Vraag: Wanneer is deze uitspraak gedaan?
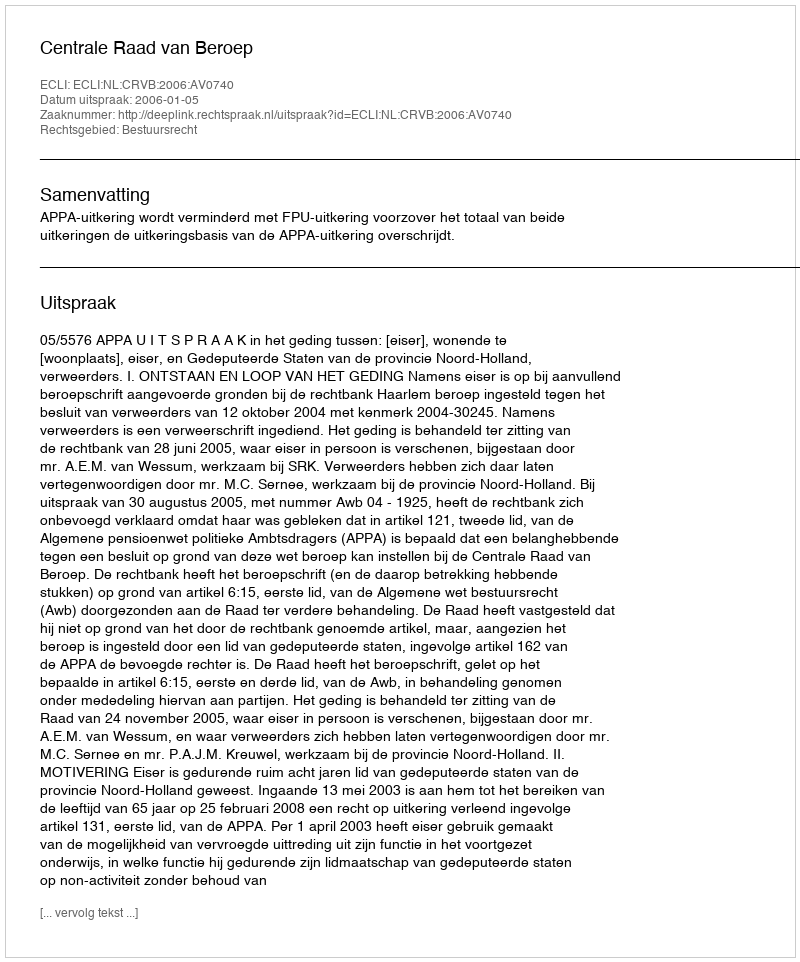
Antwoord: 2006-01-05